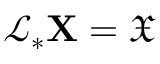
\mathcal { L } _ { * } \mathbf { X } = \mathfrak { X }